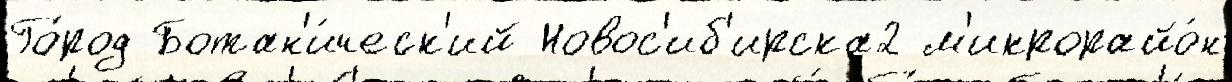
Го́род Ботан'и́ческ'ий Новос'иб'ирска2 м'икрорайо́н